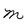
Character: M